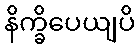
နိက္ခိပေယျပိ